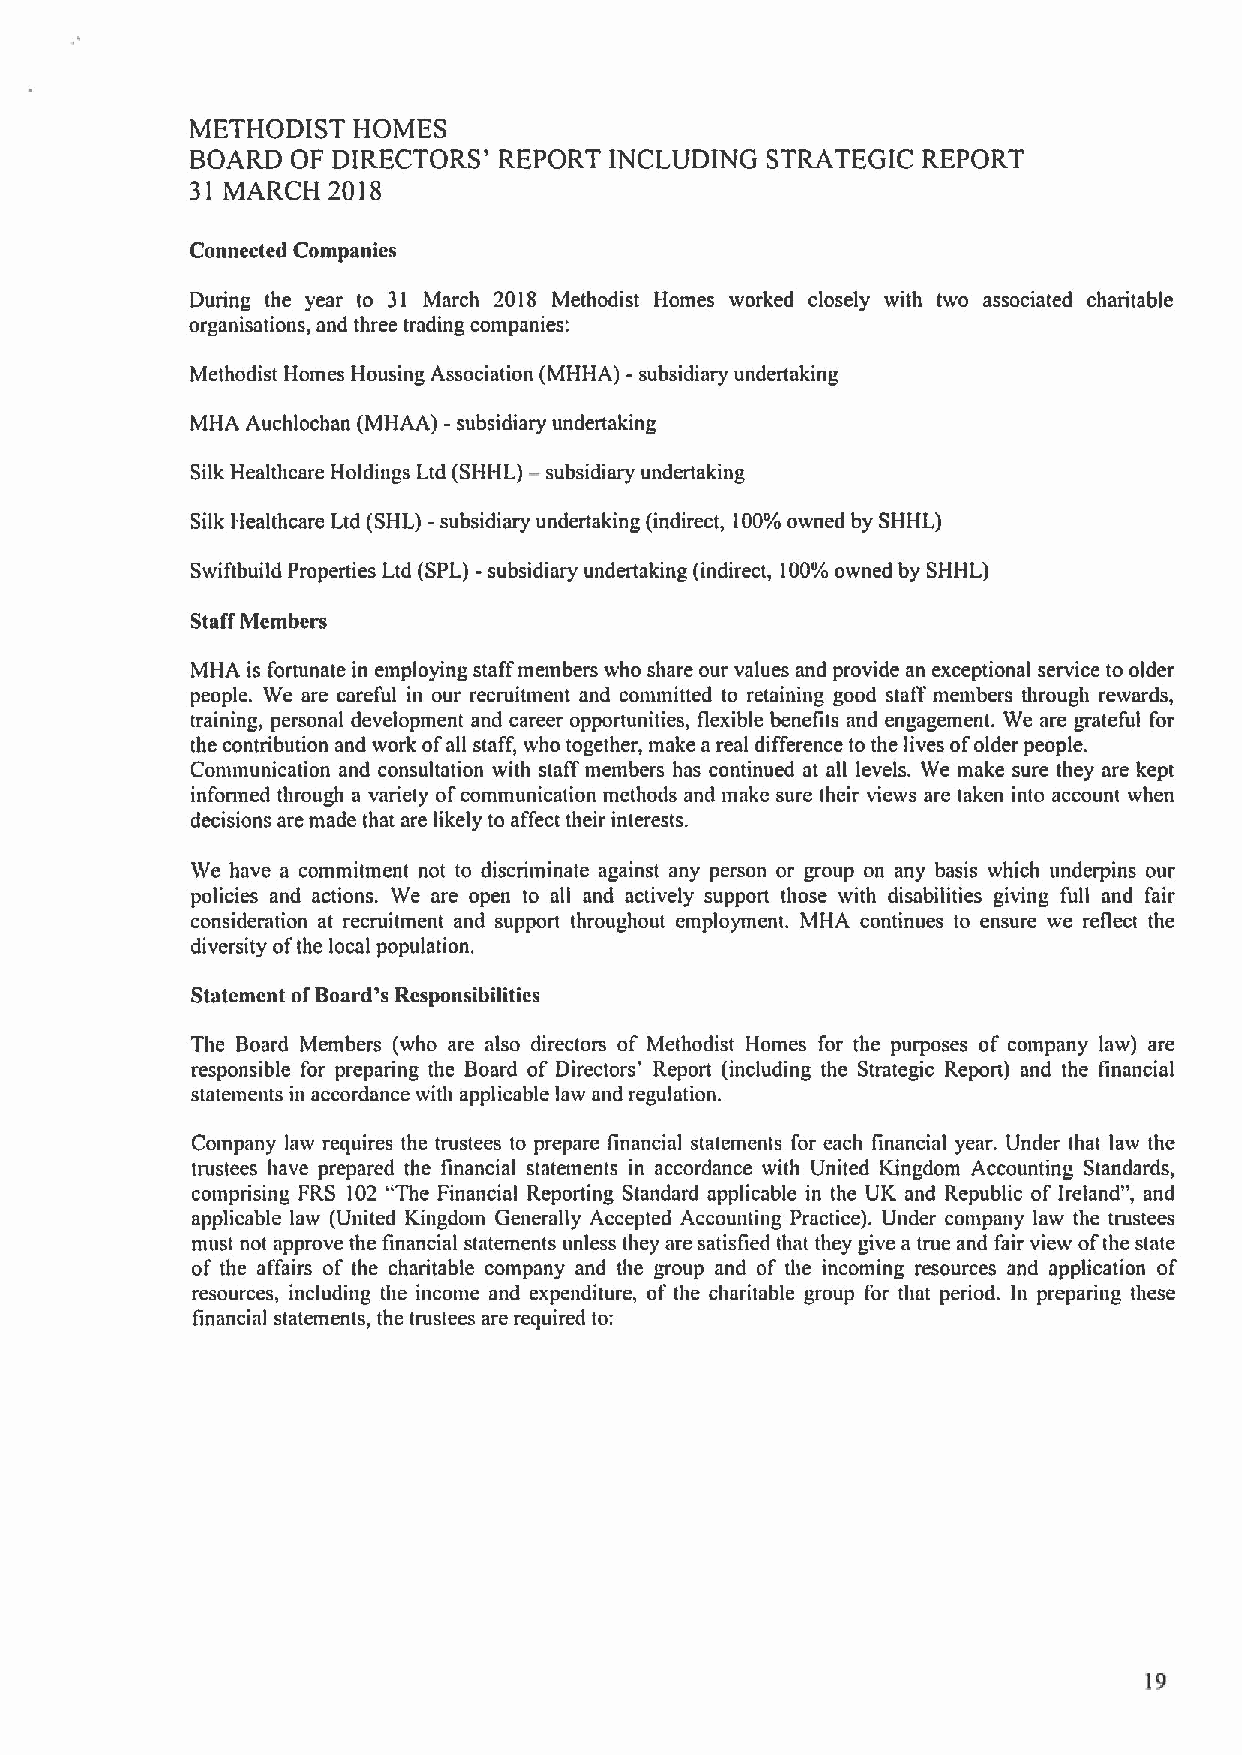
METHODIST HOMES
 BOARD OF DIRECTORS' REPORT INCLUDING  STRATEGIC REPORT
 31 MARCH 2018
 Connected Companies
 During the year to 31 March 2018 Methodist Homes worked closely with two associated charitable
 organisations, and three trading companies:
 Methodist Homes Housing Association (MHHA) -subsidiary undertaking
 MHA Auchlochan (MHAA) -subsidiary undertaking
 Silk Healthcare Holdings Ltd (SHHL) —subsidiary undertaking
 -
 Silk Healthcare Ltd (SHL) subsidiary undertaking (indirect, 100'/o owned by SHHL)
 Swiftbuild Properties Ltd (SPL)-subsidiary undertaking (indirect, 100'/o owned by SHHL)
 StaffMembers
 MHA is fortunate in employing stalT members who share our values and provide an exceptional service to older
 people. We are careful in our recruitment and committed to retaining good staff members through rewards,
 training, personal development and career opportunities, flexible benefits and engagement. We are yateful for
 the contribution and work ofall staff, who together, make a real difference to the lives ofolder people.
 Communication and consultation with stalT members has continued at all levels. We make sure they are kept
 informed through a variety ofcommunication methods and make sure their views are taken into account when
 decisions are made that are likely to affect their interests.
 We have a commitment not to discriminate against any person or group on any basis which underpins our
 policies and actions. We are open to all and actively support those with disabilities giving full and fair
 consideration at recruitment and support throughout employment. MHA continues to ensure we reflect the
 diversity ofthe local population.
 Statement ofBoard's Responsibilities
 The Board Members (who are also directors of Methodist Homes for the purposes of company law) are
 responsible for preparing the Board of Directors' Report (including the Strategic Report) and the financial
 statements in accordance with applicable law and regulation.
 Company law requires the trustees to prepare financial statements for each financial year. Under that law the
 trustees have prepared the financial statements in accordance with United Kingdom Accounting Standards,
 comprising FRS 102 "The Financial Reporting Standard applicable in the UK and Republic of Ireland", and
 applicable law (United Kingdom Generally Accepted Accounting Practice). Under company law the trustees
 must not approve the financial statements unless they are satisfied that they give a true and fair view ofthe state
 of the affairs of the charitable company and the youp and of the incoming resources and application of
 resources, including the income and expenditure, of the charitable youp for that period. In preparing these
 financial statements, the trustees are required to: